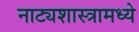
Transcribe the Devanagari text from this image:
नाट्यशास्त्रामध्ये